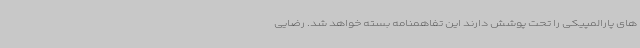
های پارالمپیکی را تحت پوشش دارند این تفاهمنامه بسته خواهد شد. رضایی